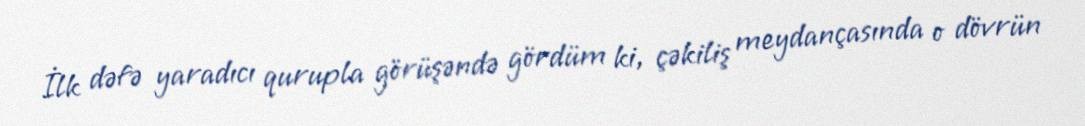
İlk dəfə yaradıcı qurupla görüşəndə gördüm ki, çəkiliş meydançasında o dövrün